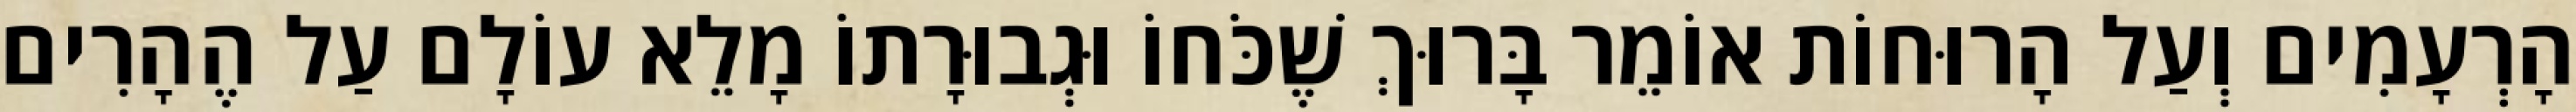
הָרְעָמִים וְעַל הָרוּחוֹת אוֹמֵר בָּרוּךְ שֶׁכֹּחוֹ וּגְבוּרָתוֹ מָלֵא עוֹלָם עַל הֶהָרִים